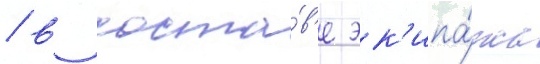
/ в соста́в'е эк'ипа́жа